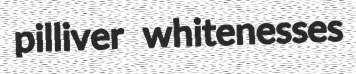
pilliver whitenesses